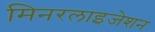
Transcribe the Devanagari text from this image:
मिनरलाइजेशन